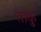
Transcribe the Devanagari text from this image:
ताकु